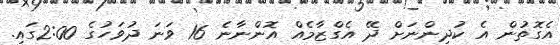
އެގޮތުން އެ ކުދިންނަށް ދޭ އެގްޒާމެއް އޮންނާނެ 16 ވަނަ ދުވަހުގެ 2:00ގައި.